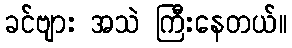
ခင်ဗျား အသဲ ကြီးနေတယ်။